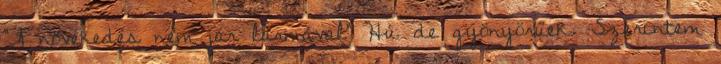
"A növekedés nem jár lármával" Hú de gyönyörűek. Szerintem